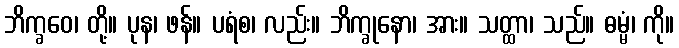
ဘိက္ခဝေ၊ တို့။ ပုန၊ ဖန်။ ပရံစ၊ လည်း။ ဘိက္ခုနော၊ အား။ သတ္ထာ၊ သည်။ ဓမ္မံ၊ ကို။